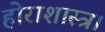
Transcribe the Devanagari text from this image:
होराशास्त्र।